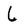
Character: 6